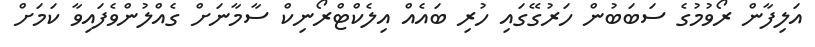
އަލިފާން ރޯވުމުގެ ސަބަބުން ހަރުގޭގައި ހުރި ބައެއް އިލެކްޓްރޯނިކް ސާމާނަށް ގެއްލުންވެފައިވާ ކަމަށް